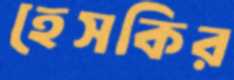
হেসকির